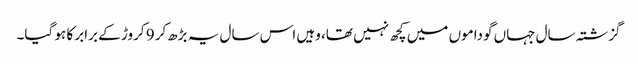
گزشتہ سال جہاں گوداموں میں کچھ نہیں تھا، وہیں اس سال یہ بڑھ‌کر 9 کروڑ کے برابر کا ہو گیا۔